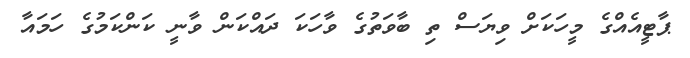
ޕާޓީއެއްގެ މީހަކަށް ވިޔަސް ތި ބާވަތުގެ ވާހަކަ ދައްކަން ވާނީ ކަންކަމުގެ ހަމައާ